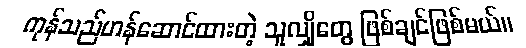
ကုန်သည်ဟန်ဆောင်ထားတဲ့ သူလျှိုတွေ ဖြစ်ချင်ဖြစ်မယ်။